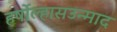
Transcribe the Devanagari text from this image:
हर्षोल्हासउन्माद